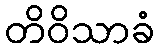
တိဝိသာခံ